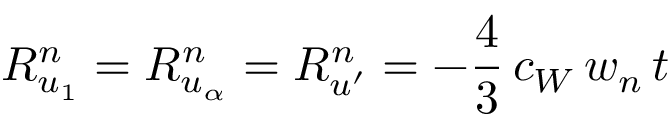
R _ { u _ { 1 } } ^ { n } = R _ { u _ { \alpha } } ^ { n } = R _ { u ^ { \prime } } ^ { n } = - \frac { 4 } { 3 } \, c _ { W } \, w _ { n } \, t